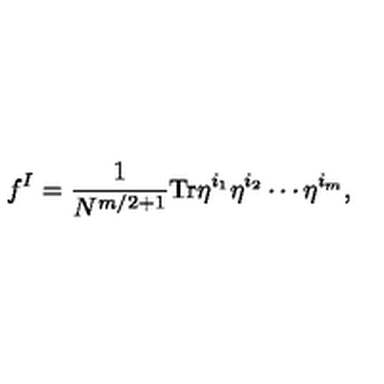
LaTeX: f ^ { I } = \frac { 1 } { N ^ { m / 2 + 1 } } \mathrm { T r } \eta ^ { i _ { 1 } } \eta ^ { i _ { 2 } } \cdots \eta ^ { i _ { m } } ,